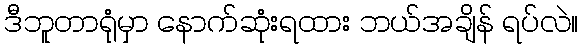
ဒီဘူတာရုံမှာ နောက်ဆုံးရထား ဘယ်အချိန် ရပ်လဲ။